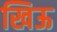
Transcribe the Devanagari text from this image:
खिऊ